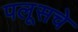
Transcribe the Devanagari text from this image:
पलूसचे